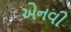
એનવી